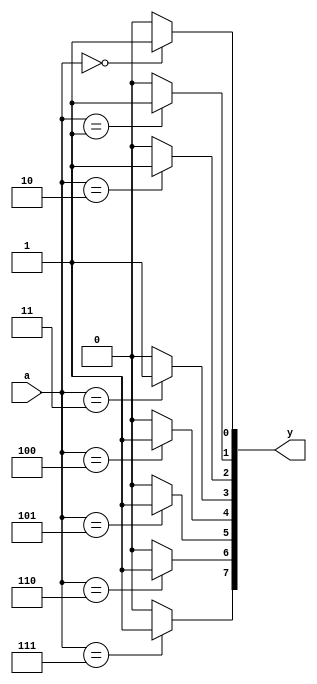
module decode_38 (
	input wire[2:0] a,
	output reg[7:0] y
);
	integer i;
	always @(*) begin 
		for (i=0;i<8;i=i+1) begin
			if (a==i)
				y[i]<=1;
			else y[i]<=0;
		end
	end
endmodule//decode_38

module exp22_td;
    wire[7:0] i;
    reg[2:0] o;
    decode_38 test(o,i);
    initial begin
        $dumpfile("exp2_td.vcd");
        $dumpvars(0,exp22_td);
		o = 3'b000;
		#5 o = 3'b001;
		#5 o = 3'b010;
		#5 o = 3'b011;
		#5 o = 3'b100;
		#5 o = 3'b101;
		#5 o = 3'b110;
		#5 o = 3'b111;
    end

endmodule // exp2-2_td